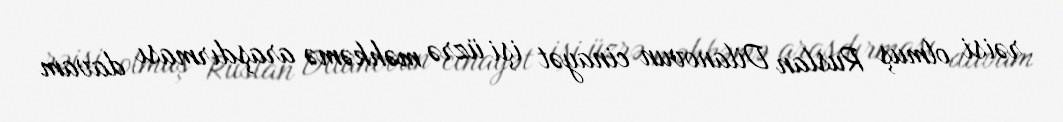
rəisi olmuş Ruslan Dilanovun cinayət işi üzrə məhkəmə araşdırması davam